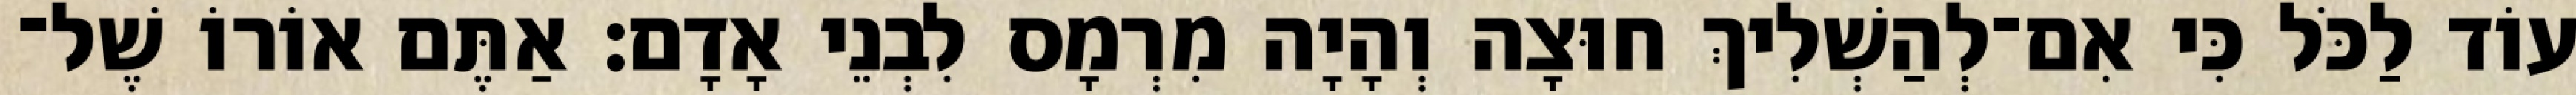
עוֹד לַכֹּל כִּי אִם־לְהַשְׁלִיךְ חוּצָה וְהָיָה מִרְמָס לִבְנֵי אָדָם׃ אַתֶּם אוֹרוֹ שֶׁל־